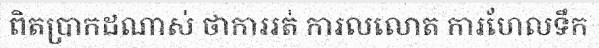
ពិតប្រាកដណាស់ ថាការរត់ ការលលោត ការហែលទឹក